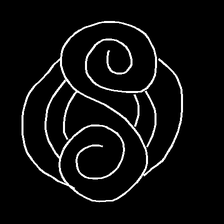
Glyph: wind-underfoot